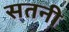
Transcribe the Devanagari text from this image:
सतनी